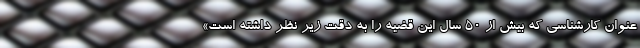
عنوان کارشناسی که بیش از 50 سال این قضیه را به دقت زیر نظر داشته است»